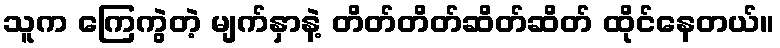
သူက ကြေကွဲတဲ့ မျက်နှာနဲ့ တိတ်တိတ်ဆိတ်ဆိတ် ထိုင်နေတယ်။